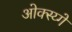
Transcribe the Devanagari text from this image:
ओक्स्य्गें